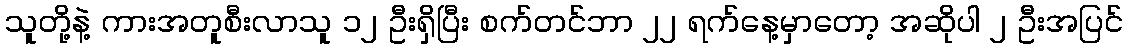
သူတို့နဲ့ ကားအတူစီးလာသူ ၁၂ ဦးရှိပြီး စက်တင်ဘာ ၂၂ ရက်နေ့မှာတော့ အဆိုပါ ၂ ဦးအပြင်